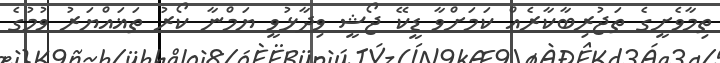
ތިމާވެށީގެ ތަޖުރިބާކާރެއް ކަމަށްވާ ޑީކޭ ޖޯޝީ ވިދާޅުވީ ޔަމްނާ ކޯރު ތަޣައްޔަރު ވުމުގެ